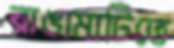
রাঙামাটিতে